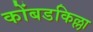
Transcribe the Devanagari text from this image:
कोंबडकिल्ला